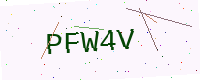
Text: PFW4V